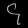
Digit: ၄